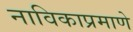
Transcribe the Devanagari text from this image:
नाविकाप्रमाणे